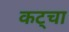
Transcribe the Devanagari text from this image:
कट्चा